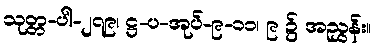
သုတ္တ-ပါ-၂၇၉၊ ဋ္ဌ-ပ-အုပ်-၉-၁၁၊ ၉ ၌ အညွှန်း။